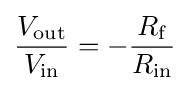
{\frac {V_{\text{out}}}{V_{\text{in}}}}=-{\frac {R_{\text{f}}}{R_{\text{in}}}}